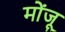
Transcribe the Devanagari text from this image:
मोंजू